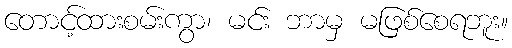
တောင့်ထားစမ်းကွာ၊ မင်း ဘာမှ မဖြစ်စေရဘူး။